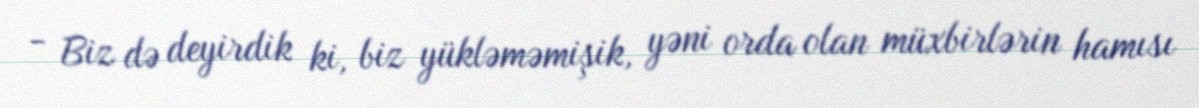
- Biz də deyirdik ki, biz yükləməmişik, yəni orda olan müxbirlərin hamısı